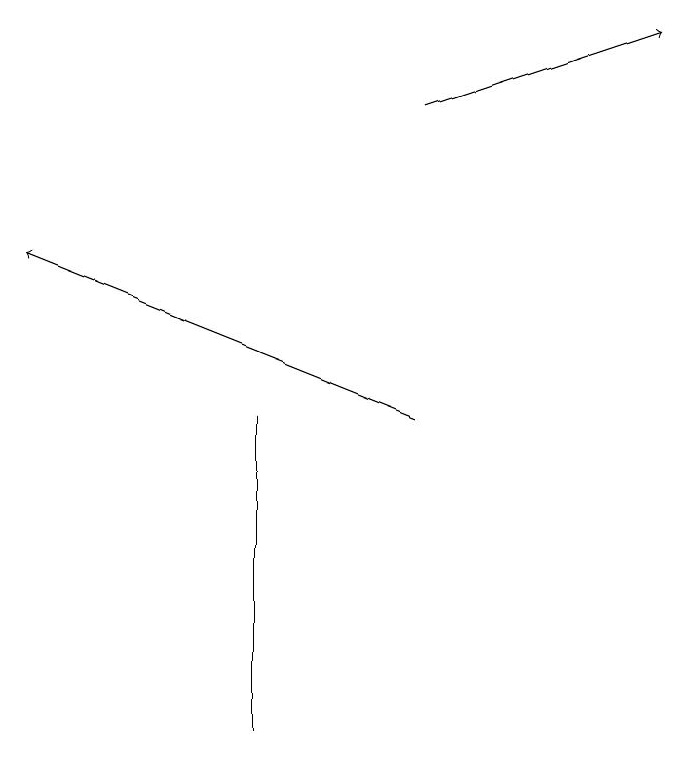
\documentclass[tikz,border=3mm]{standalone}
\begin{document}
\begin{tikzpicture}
\draw[->] (6,14) -- (1,16);
\draw (4,10) rectangle (4,14);
\draw[->] (6,18) -- (9,19);
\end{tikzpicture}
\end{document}